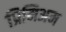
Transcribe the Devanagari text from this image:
प्रिमिअम